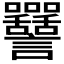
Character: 𧮥